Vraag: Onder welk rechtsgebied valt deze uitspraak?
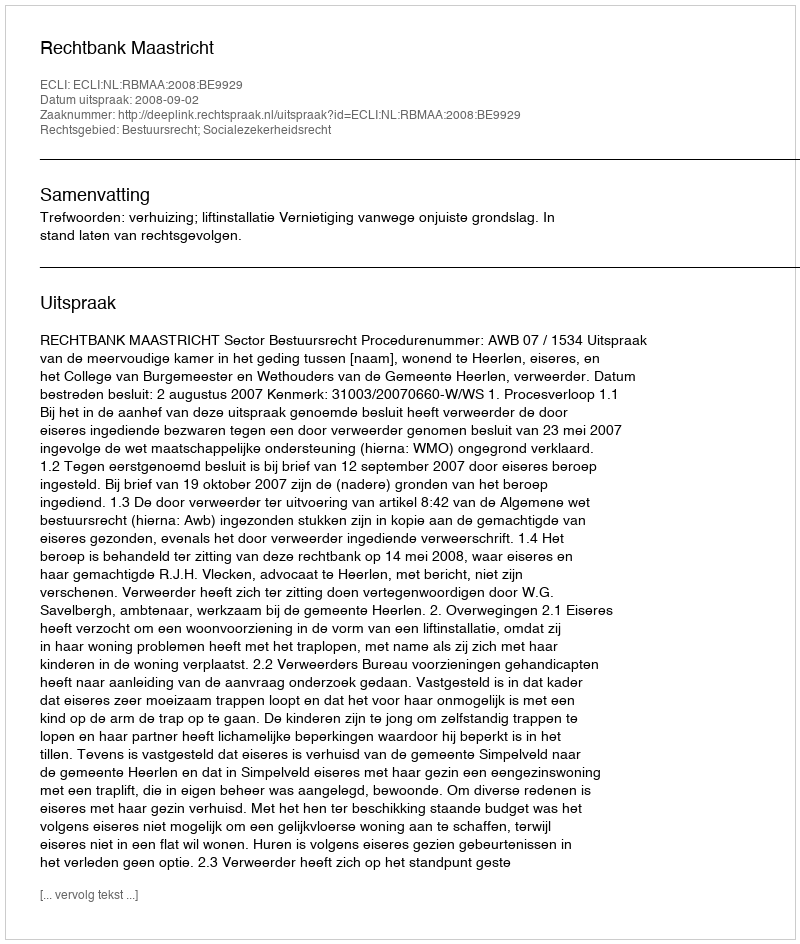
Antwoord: Bestuursrecht; Socialezekerheidsrecht